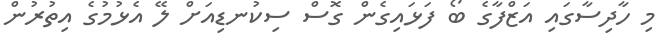
މި ހާދިސާގައި އަޒްފާގެ ބޯ ފަޅައިގެން ގޮސް ސިކުނޑިއަށް ލޭ އެޅުމުގެ އިތުރުން